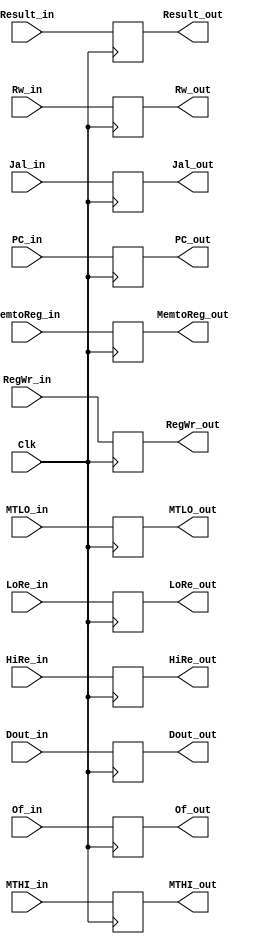
//
module MEMWBReg(
	input Clk,
	input MemtoReg_in,
	input RegWr_in,
	input Of_in,
	input Jal_in,
	input MTLO_in,
	input MTHI_in,
	input [31:0] Dout_in,
	input [31:0] Result_in,
	input [4:0] Rw_in,
	input [31:0] PC_in,
	input [31:0] LoRe_in,
	input [31:0] HiRe_in,
	

	output reg MemtoReg_out,
	output reg RegWr_out,
	output reg Of_out,
	output reg Jal_out,
	output reg MTLO_out,
	output reg MTHI_out,
	output reg [31:0] PC_out,
	output reg [31:0] Dout_out,
	output reg [4:0] Rw_out,
	output reg [31:0] Result_out,
	output reg [31:0] LoRe_out,
	output reg [31:0] HiRe_out
);
//
initial begin
	MemtoReg_out<=0;
	RegWr_out<=0;
	Of_out<=0;
	Dout_out<=0;
	Rw_out<=0;
	Result_out<=0;
	Jal_out<=0;
	PC_out<=0;
	MTLO_out<=0;
	MTHI_out<=0;
	LoRe_out<=0;
	HiRe_out<=0;
	
end

always@(posedge Clk) begin
	MemtoReg_out<=MemtoReg_in;
	RegWr_out<=RegWr_in;
	Of_out<=Of_in;
	Dout_out<=Dout_in;
	Rw_out<=Rw_in;
	Result_out<=Result_in;
	Jal_out<=Jal_in;
	PC_out<=PC_in;
	MTLO_out<=MTLO_in;
	MTHI_out<=MTHI_in;
	LoRe_out<=LoRe_in;
	HiRe_out<=HiRe_in;
end

endmodule